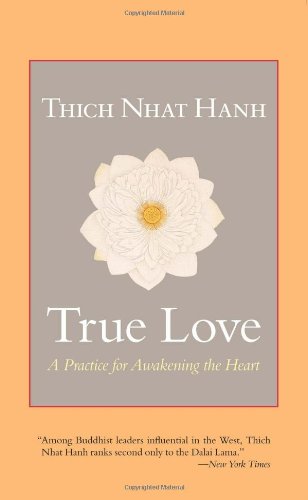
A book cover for True Love: A Practice for Awakening the Heart; Thich Nhat Hanh; Religion & Spirituality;